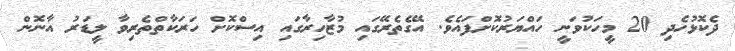
ދެކޮޅުހެދި 20 މީހަކުވަނީ ހައްޔަރުކޮށްފައެވެ. އޭގެތެރޭގައި މުޒާހިރާގައި އިސްކޮށް ހަރަކާތްތެރިވާ ލީޑަރު އާނޮން